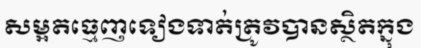
សម្អតធ្មេញទៀងទាត់ត្រូវបានស្ថិតក្នុង